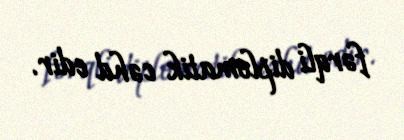
fərqli diplomatik cəhd edir.